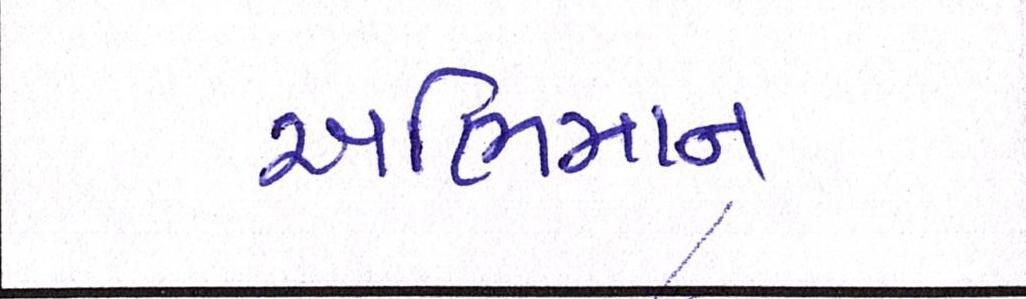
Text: અભિમાન